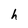
Character: h